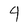
Character: 4